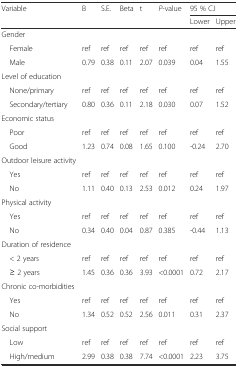
<table><thead><tr><td rowspan="2"><b>Variable</b></td><td rowspan="2"><b>B</b></td><td rowspan="2"><b>S.E.</b></td><td rowspan="2"><b>Beta</b></td><td rowspan="2"><b>t</b></td><td rowspan="2"><b><i>P</i>-value</b></td><td colspan="2"><b>95 % C.I</b></td></tr><tr><td><b>Lower</b></td><td><b>Upper</b></td></tr></thead><tbody><tr><td>Gender</td><td></td><td></td><td></td><td></td><td></td><td></td><td></td></tr><tr><td> Female</td><td>ref</td><td>ref</td><td>ref</td><td>ref</td><td>ref</td><td>ref</td><td>ref</td></tr><tr><td> Male</td><td>0.79</td><td>0.38</td><td>0.11</td><td>2.07</td><td>0.039</td><td>0.04</td><td>1.55</td></tr><tr><td>Level of education</td><td></td><td></td><td></td><td></td><td></td><td></td><td></td></tr><tr><td> None/primary</td><td>ref</td><td>ref</td><td>ref</td><td>ref</td><td>ref</td><td>ref</td><td>ref</td></tr><tr><td> Secondary/tertiary</td><td>0.80</td><td>0.36</td><td>0.11</td><td>2.18</td><td>0.030</td><td>0.07</td><td>1.52</td></tr><tr><td>Economic status</td><td></td><td></td><td></td><td></td><td></td><td></td><td></td></tr><tr><td> Poor</td><td>ref</td><td>ref</td><td>ref</td><td>ref</td><td>ref</td><td>ref</td><td>ref</td></tr><tr><td> Good</td><td>1.23</td><td>0.74</td><td>0.08</td><td>1.65</td><td>0.100</td><td>-0.24</td><td>2.70</td></tr><tr><td>Outdoor leisure activity</td><td></td><td></td><td></td><td></td><td></td><td></td><td></td></tr><tr><td> Yes</td><td>ref</td><td>ref</td><td>ref</td><td>ref</td><td>ref</td><td>ref</td><td>ref</td></tr><tr><td> No</td><td>1.11</td><td>0.40</td><td>0.13</td><td>2.53</td><td>0.012</td><td>0.24</td><td>1.97</td></tr><tr><td>Physical activity</td><td></td><td></td><td></td><td></td><td></td><td></td><td></td></tr><tr><td> Yes</td><td>ref</td><td>ref</td><td>ref</td><td>ref</td><td>ref</td><td>ref</td><td>ref</td></tr><tr><td> No</td><td>0.34</td><td>0.40</td><td>0.04</td><td>0.87</td><td>0.385</td><td>-0.44</td><td>1.13</td></tr><tr><td>Duration of residence</td><td></td><td></td><td></td><td></td><td></td><td></td><td></td></tr><tr><td> &lt; 2 years</td><td>ref</td><td>ref</td><td>ref</td><td>ref</td><td>ref</td><td>ref</td><td>ref</td></tr><tr><td> ≥ 2 years</td><td>1.45</td><td>0.36</td><td>0.36</td><td>3.93</td><td>&lt;0.0001</td><td>0.72</td><td>2.17</td></tr><tr><td>Chronic co-morbidities</td><td></td><td></td><td></td><td></td><td></td><td></td><td></td></tr><tr><td> Yes</td><td>ref</td><td>ref</td><td>ref</td><td>ref</td><td>ref</td><td>ref</td><td>ref</td></tr><tr><td> No</td><td>1.34</td><td>0.52</td><td>0.52</td><td>2.56</td><td>0.011</td><td>0.31</td><td>2.37</td></tr><tr><td>Social support</td><td></td><td></td><td></td><td></td><td></td><td></td><td></td></tr><tr><td> Low</td><td>ref</td><td>ref</td><td>ref</td><td>ref</td><td>ref</td><td>ref</td><td>ref</td></tr><tr><td> High/medium</td><td>2.99</td><td>0.38</td><td>0.38</td><td>7.74</td><td>&lt;0.0001</td><td>2.23</td><td>3.75</td></tr></tbody></table>